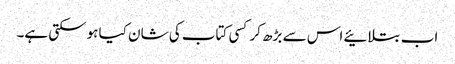
اب بتلائیے اس سے بڑھ کر کسی کتاب کی شان کیا ہوسکتی ہے۔